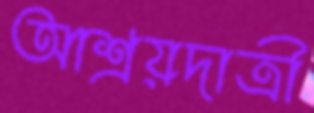
আশ্রয়দাত্রী